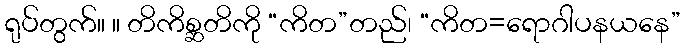
ရုပ်တွက်။ ။ တိကိစ္ဆတိကို “ကိတ”တည်၊ “ကိတ=ရောဂါပနယနေ”